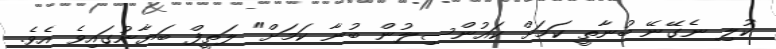
ކުލި ނެގޭނޭ ބުނާތީ ކަމަށް ކައުންސިލުން ބުނާ ކަމަށް" ލަތީފް ބަޔާނުގައިވެ އެވެ.